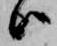
ハ